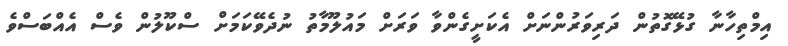
އިމްތިހާނާ ގުޅޭގޮތުން ދަރިވަރުންނަށް އެކަށީގެންވާ ވަރަށް މައުލޫމާތު ނުދެވޭކަމަށް ސްކޫލުން ވެސް އެއްބަސްވެ